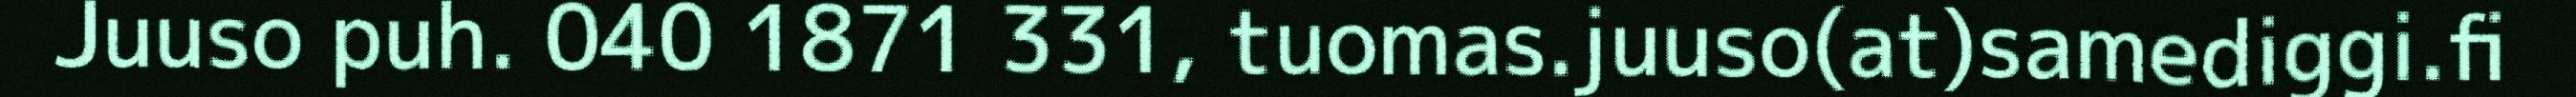
Juuso puh. 040 1871 331, tuomas.juuso(at)samediggi.fi